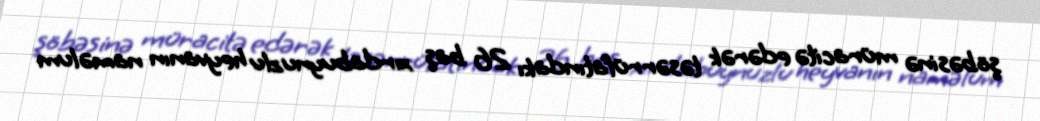
şöbəsinə müracitə edərək təsərrüfatındakı 26 baş xırdabuynuzlu heyvanın naməlum